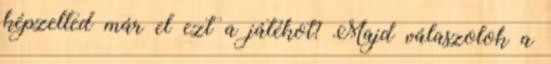
képzelted már el ezt a játékot? Majd válaszolok a